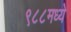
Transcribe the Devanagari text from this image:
९८८मध्ये